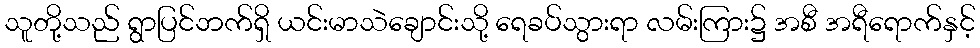
သူတို့သည် ရွာပြင်ဘက်ရှိ ယင်းမာသဲချောင်းသို့ ရေခပ်သွားရာ လမ်းကြား၌ အစီ အရီရောက်နှင့်